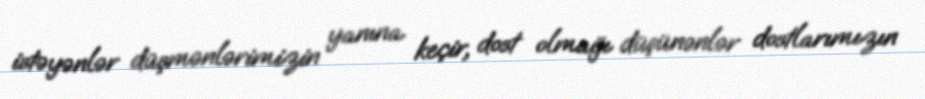
istəyənlər düşmənlərimizin yanına keçir, dost olmağı düşünənlər dostlarımızın